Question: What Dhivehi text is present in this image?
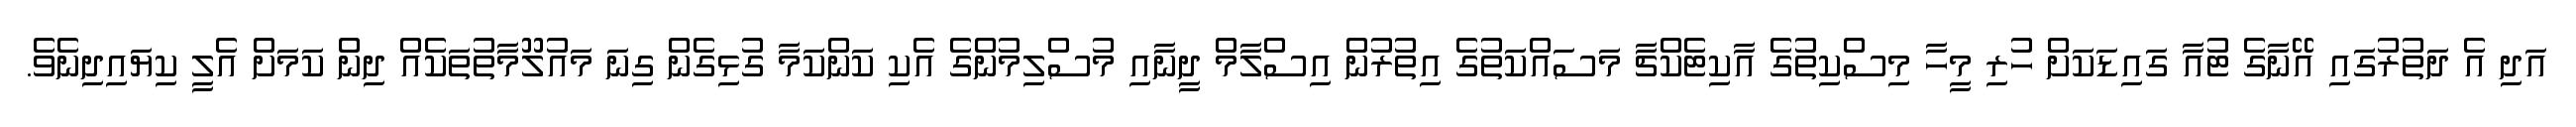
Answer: އަދި އެ ދަތުރުގައި އޭނާގެ ޓުއާ ގައިޑަކަށް ހުރި މީހާ މިސްކިތުގެ އާކިޓެކްޗާ މަސައްކަތުގެ އިތުރުން އިސްލާމް ދީނާއި މުސްލިމުންގެ އެކި ކަންކަމާ ގުޅިގެން ގިނަ މައުލޫމާތުތަކެއް ދިން ކަމަށް އެލީ ކިޔައިދިނެވެ.